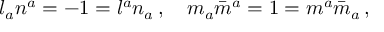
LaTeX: l _ { a } n ^ { a } = - 1 = l ^ { a } n _ { a } \, , \quad m _ { a } { \bar { m } } ^ { a } = 1 = m ^ { a } { \bar { m } } _ { a } \, ,